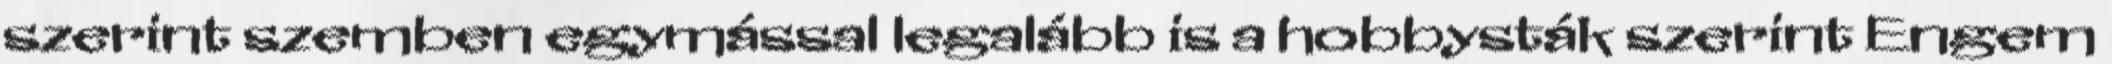
szerint szemben egymással legalább is a hobbysták szerint Engem